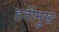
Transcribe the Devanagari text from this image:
हतीमुख